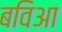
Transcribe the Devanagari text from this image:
बविआ